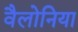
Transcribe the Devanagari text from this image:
वैलोनिया